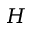
H